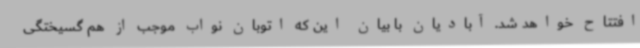
افتتاح خواهد شد. آبادیان با بیان این که اتوبان نواب موجب از هم گسیختگی